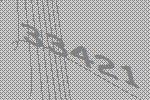
33421